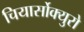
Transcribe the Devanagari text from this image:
चियार्सोक्युरो